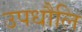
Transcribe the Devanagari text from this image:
उपधौलि